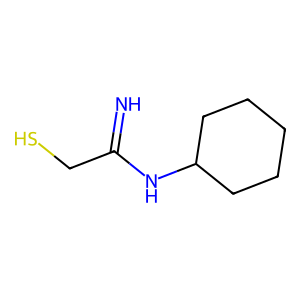
SMILES: N=C(CS)NC1CCCCC1
Inhibits HIV replication: No